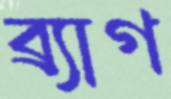
ব্র্যাগ